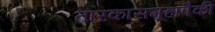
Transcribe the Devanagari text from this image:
तारकासमूहापैकी